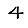
Digit: 4